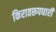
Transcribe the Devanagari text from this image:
किरातरूपधारी